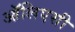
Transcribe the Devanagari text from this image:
ऑलिएसी